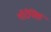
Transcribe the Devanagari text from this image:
गोरेनिंक